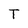
Character: T